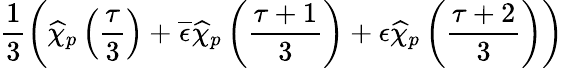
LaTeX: \frac{1}{3}\left(\widehat{\chi}_{p}\left(\frac{\tau}{3}\right)+\overline{{{\epsilon}}}\widehat{\chi}_{p}\left(\frac{\tau+1}{3}\right)+\epsilon\widehat{\chi}_{p}\left(\frac{\tau+2}{3}\right)\right)